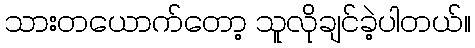
သားတယောက်တော့ သူလိုချင်ခဲ့ပါတယ်။